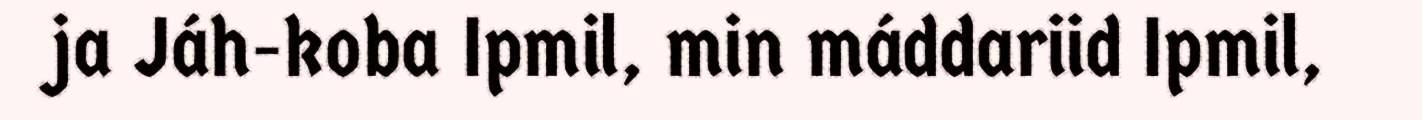
ja Jáh-koba Ipmil, min máddariid Ipmil,